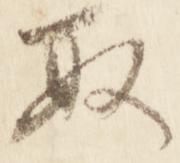
取